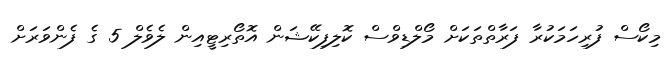
މިކޯސް ފުރިހަމަކުރާ ފަރާތްތަކަށް މޯލްޑިވްސް ކޮލިފިކޭޝަން އޮތޯރިޓީއިން ލެވެލް 5 ގެ ފެންވަރަށް